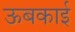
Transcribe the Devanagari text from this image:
ऊबकाई